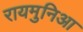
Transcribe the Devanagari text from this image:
रायमुनिआ